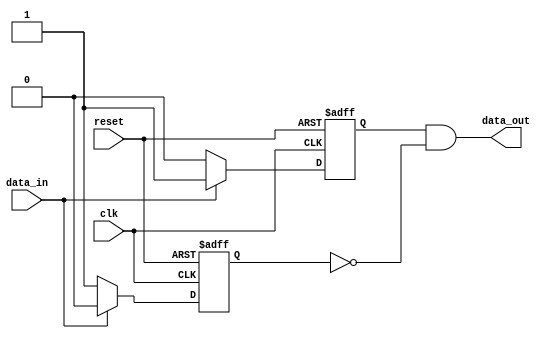
module push_pull_buffer (
    input clk,
    input reset,
    input data_in,
    output reg data_out
);

reg p_type_transistor;
reg n_type_transistor;

always @(posedge clk or posedge reset) begin
    if (reset) begin
        p_type_transistor <= 0;
        n_type_transistor <= 0;
    end else begin
        if (data_in) begin
            p_type_transistor <= 1;
            n_type_transistor <= 0;
        end else begin
            p_type_transistor <= 0;
            n_type_transistor <= 1;
        end
    end
end

assign data_out = p_type_transistor & ~n_type_transistor;

endmodule